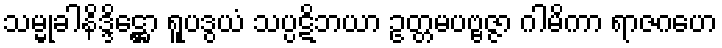
သမ္မုခါနိဒ္ဒိဋ္ဌော ရူပဒွယံ သပ္ပဋိဘယာ ဥတ္တမပဗ္ဗဇ္ဇာ ဂါမိကာ ရာဇဂဟေ